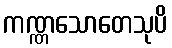
ကဏ္ဏသောတေသုပိ